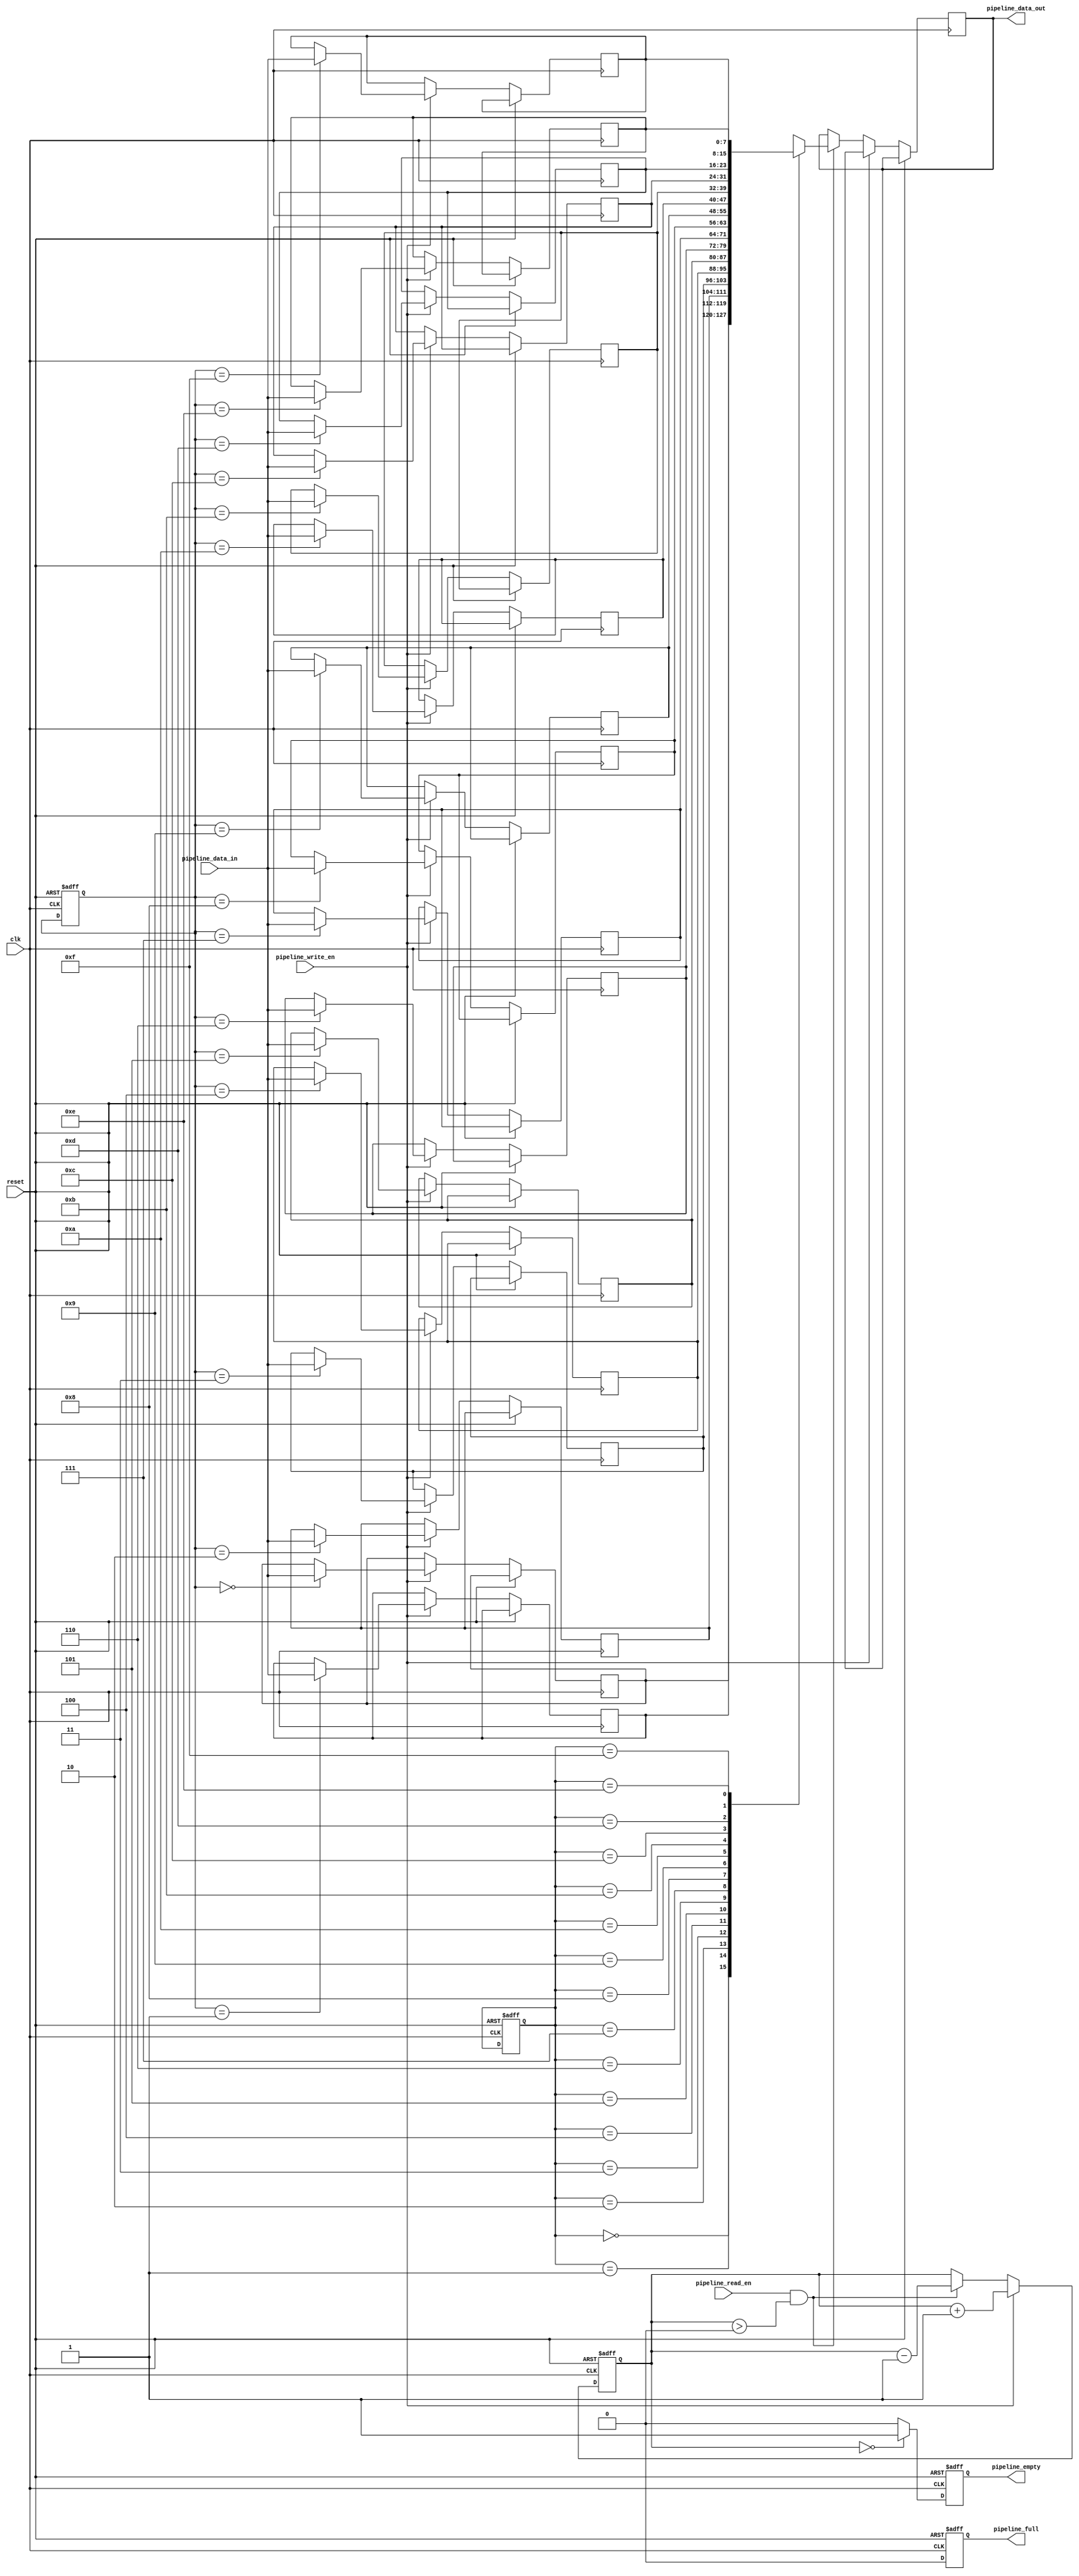
module dual_port_ram(
    input wire clk,
    input wire reset,
    input wire [7:0] pipeline_data_in,
    input wire pipeline_write_en,
    input wire pipeline_read_en,
    output reg [7:0] pipeline_data_out,
    output reg pipeline_empty,
    output reg pipeline_full
);

reg [7:0] mem [0:15]; // 16 words dual-port RAM
reg [3:0] read_addr;
reg [3:0] write_addr;
reg [3:0] pipeline_write_addr;
reg [3:0] pipeline_read_addr;
reg [3:0] pipeline_next_write_addr;
reg [3:0] pipeline_next_read_addr;
reg [2:0] pipeline_count;

always @ (posedge clk or posedge reset) begin
    if (reset) begin
        read_addr <= 4'b0000;
        write_addr <= 4'b0000;
        pipeline_write_addr <= 4'b0000;
        pipeline_read_addr <= 4'b0000;
        pipeline_next_write_addr <= 4'b0000;
        pipeline_next_read_addr <= 4'b0000;
        pipeline_count <= 3'b000;
    end else begin
        if (pipeline_write_en) begin
            mem[pipeline_write_addr] <= pipeline_data_in;
            pipeline_next_write_addr <= pipeline_write_addr + 1;
            pipeline_count <= pipeline_count + 1;
        end else if (pipeline_read_en && pipeline_count > 0) begin
            pipeline_data_out <= mem[pipeline_read_addr];
            pipeline_next_read_addr <= pipeline_read_addr + 1;
            pipeline_count <= pipeline_count - 1;
        end
    end
end

always @ (posedge clk or posedge reset) begin
    if (reset) begin
        pipeline_empty <= 1'b1;
        pipeline_full <= 1'b0;
    end else begin
        if (pipeline_count == 0) begin
            pipeline_empty <= 1'b1;
            pipeline_full <= 1'b0;
        end else if (pipeline_count == 8) begin
            pipeline_empty <= 1'b0;
            pipeline_full <= 1'b1;
        end else begin
            pipeline_empty <= 1'b0;
            pipeline_full <= 1'b0;
        end
    end
end

endmodule